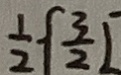
\frac { 1 } { 2 } \{ \frac { 3 } { 2 } L